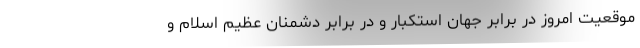
موقعیت امروز در برابر جهان استکبار و در برابر دشمنان عظیم اسلام و